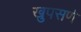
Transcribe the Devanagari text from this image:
खुपसणे